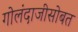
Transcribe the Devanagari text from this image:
गोलंदाजीसोबत